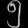
Digit: ၅